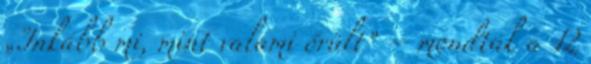
„Inkább mi, mint valami őrült” – mondták a 12